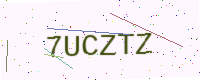
Text: 7UCZTZ